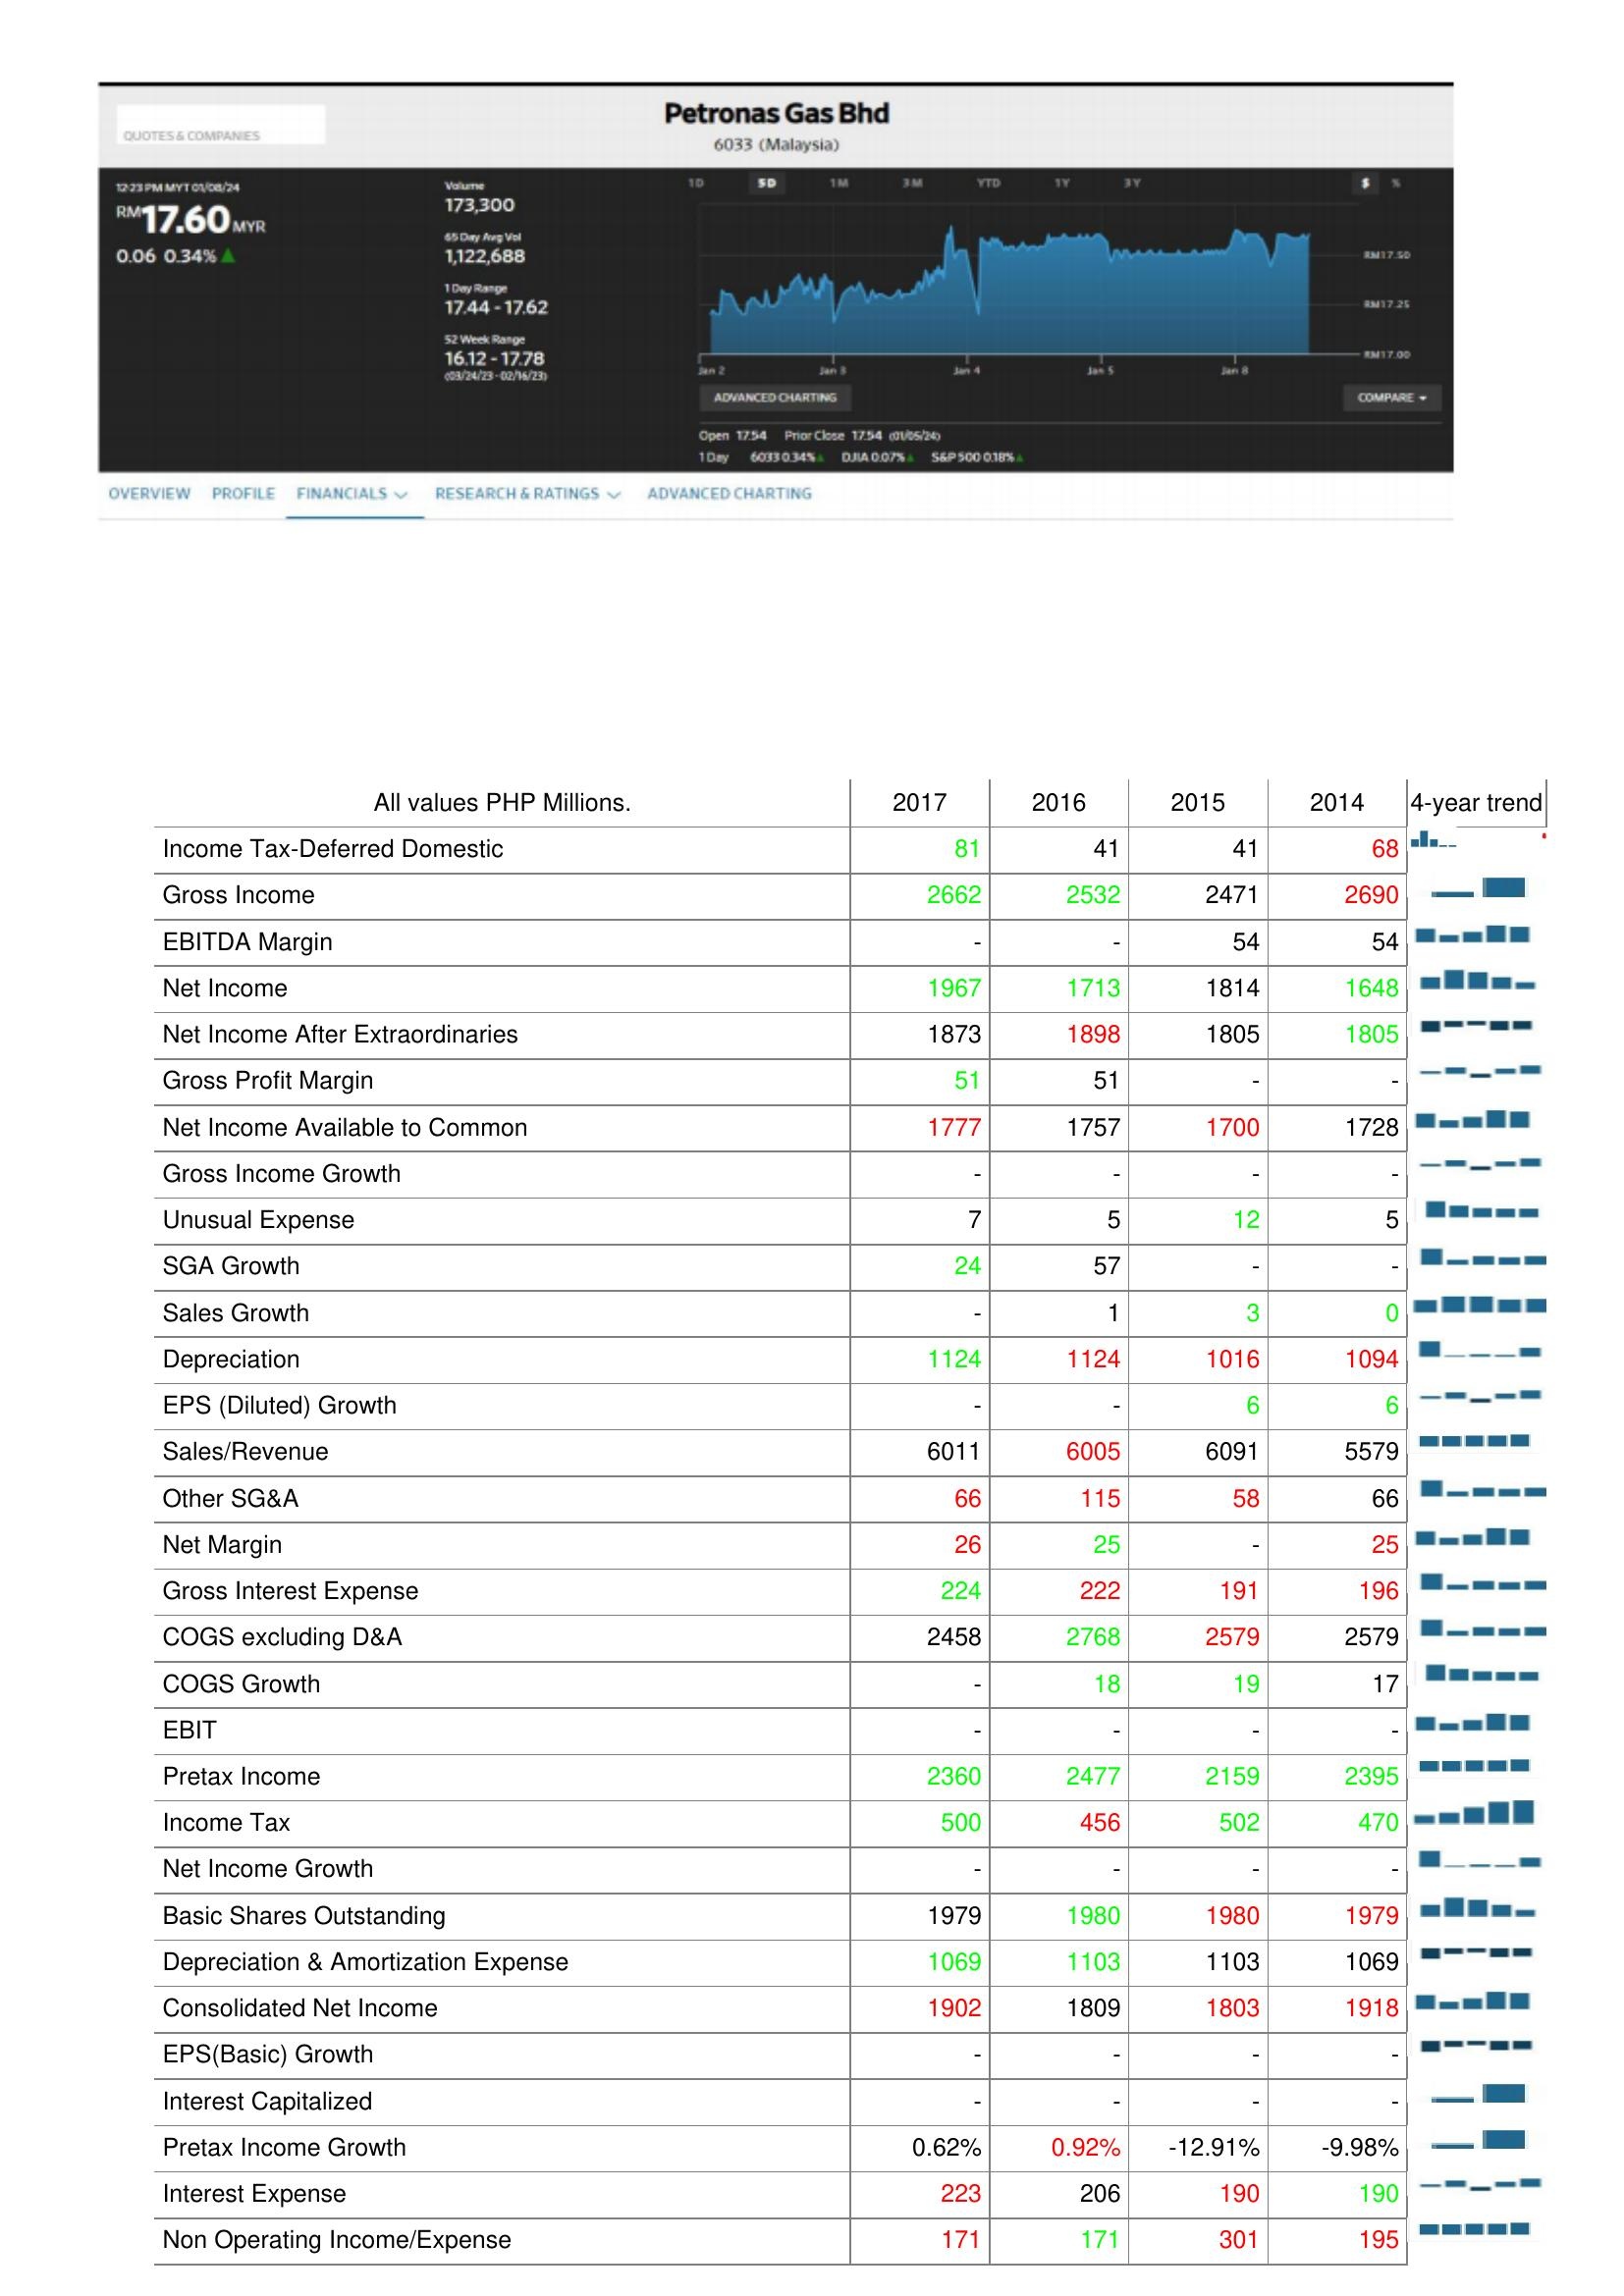
2017: : Income Tax-Deferred Domestic: 81
Gross Income: 2662
EBITDA Margin: -
Net Income: 1967
Net Income After Extraordinaries: 1873
Gross Profit Margin: 51
Net Income Available to Common: 1777
Gross Income Growth: -
Unusual Expense: 7
SGA Growth: 24
Sales Growth: -
Depreciation: 1124
EPS (Diluted) Growth: -
Sales/Revenue: 6011
Other SG&A: 66
Net Margin: 26
Gross Interest Expense: 224
COGS excluding D&A: 2458
COGS Growth: -
EBIT: -
Pretax Income: 2360
Income Tax: 500
Net Income Growth: -
Basic Shares Outstanding: 1979
Depreciation & Amortization Expense: 1069
Consolidated Net Income: 1902
EPS(Basic) Growth: -
Interest Capitalized: -
Pretax Income Growth: 0.62%
Interest Expense: 223
Non Operating Income/Expense: 171
2016: : Income Tax-Deferred Domestic: 41
Gross Income: 2532
EBITDA Margin: -
Net Income: 1713
Net Income After Extraordinaries: 1898
Gross Profit Margin: 51
Net Income Available to Common: 1757
Gross Income Growth: -
Unusual Expense: 5
SGA Growth: 57
Sales Growth: 1
Depreciation: 1124
EPS (Diluted) Growth: -
Sales/Revenue: 6005
Other SG&A: 115
Net Margin: 25
Gross Interest Expense: 222
COGS excluding D&A: 2768
COGS Growth: 18
EBIT: -
Pretax Income: 2477
Income Tax: 456
Net Income Growth: -
Basic Shares Outstanding: 1980
Depreciation & Amortization Expense: 1103
Consolidated Net Income: 1809
EPS(Basic) Growth: -
Interest Capitalized: -
Pretax Income Growth: 0.92%
Interest Expense: 206
Non Operating Income/Expense: 171
2015: : Income Tax-Deferred Domestic: 41
Gross Income: 2471
EBITDA Margin: 54
Net Income: 1814
Net Income After Extraordinaries: 1805
Gross Profit Margin: -
Net Income Available to Common: 1700
Gross Income Growth: -
Unusual Expense: 12
SGA Growth: -
Sales Growth: 3
Depreciation: 1016
EPS (Diluted) Growth: 6
Sales/Revenue: 6091
Other SG&A: 58
Net Margin: -
Gross Interest Expense: 191
COGS excluding D&A: 2579
COGS Growth: 19
EBIT: -
Pretax Income: 2159
Income Tax: 502
Net Income Growth: -
Basic Shares Outstanding: 1980
Depreciation & Amortization Expense: 1103
Consolidated Net Income: 1803
EPS(Basic) Growth: -
Interest Capitalized: -
Pretax Income Growth: -12.91%
Interest Expense: 190
Non Operating Income/Expense: 301
2014: : Income Tax-Deferred Domestic: 68
Gross Income: 2690
EBITDA Margin: 54
Net Income: 1648
Net Income After Extraordinaries: 1805
Gross Profit Margin: -
Net Income Available to Common: 1728
Gross Income Growth: -
Unusual Expense: 5
SGA Growth: -
Sales Growth: 0
Depreciation: 1094
EPS (Diluted) Growth: 6
Sales/Revenue: 5579
Other SG&A: 66
Net Margin: 25
Gross Interest Expense: 196
COGS excluding D&A: 2579
COGS Growth: 17
EBIT: -
Pretax Income: 2395
Income Tax: 470
Net Income Growth: -
Basic Shares Outstanding: 1979
Depreciation & Amortization Expense: 1069
Consolidated Net Income: 1918
EPS(Basic) Growth: -
Interest Capitalized: -
Pretax Income Growth: -9.98%
Interest Expense: 190
Non Operating Income/Expense: 195